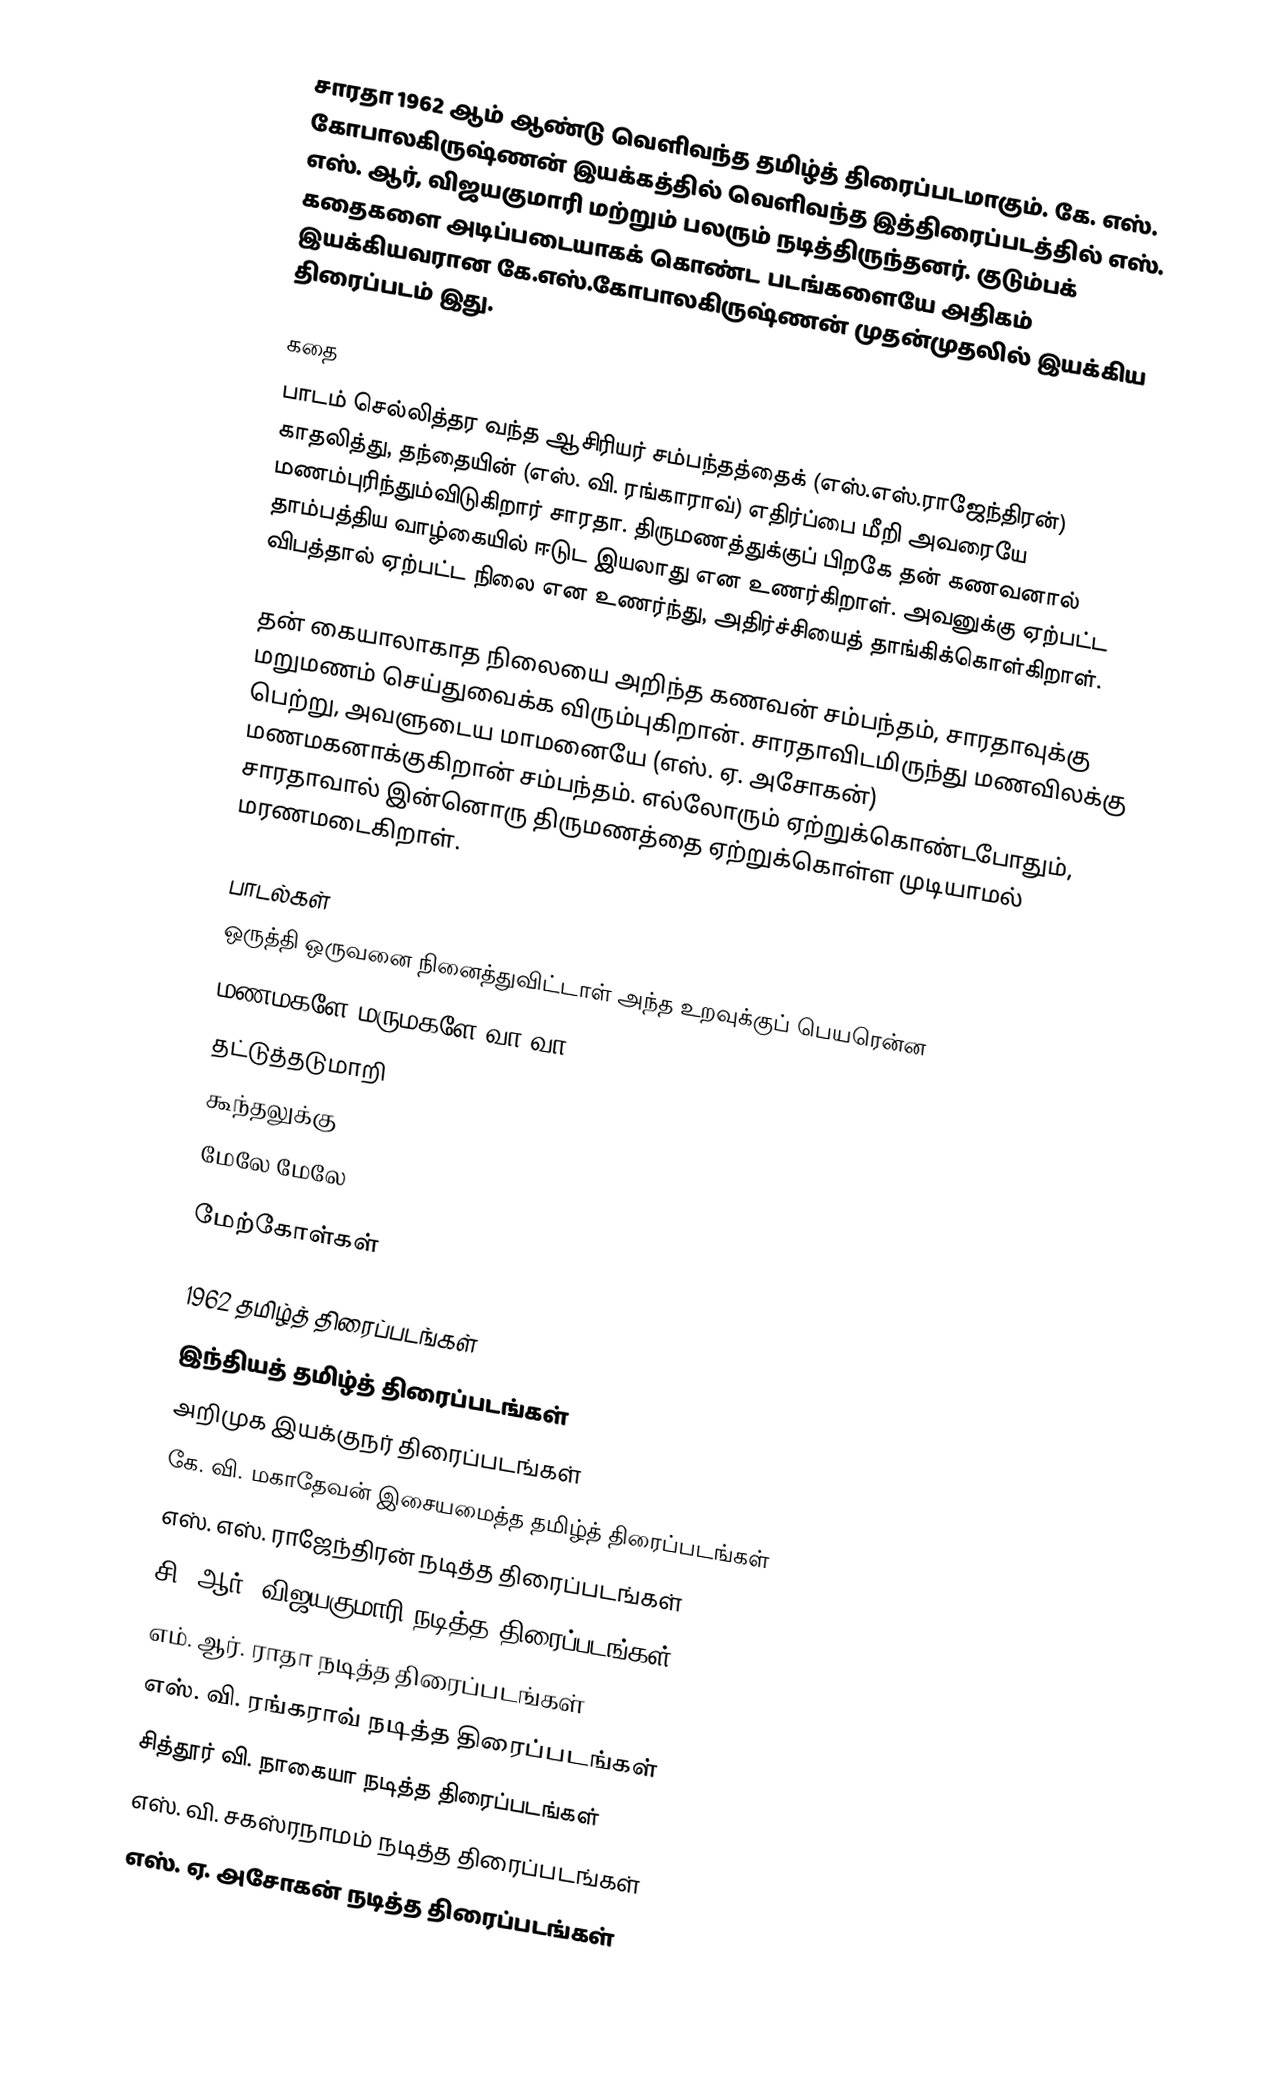
சாரதா 1962 ஆம் ஆண்டு வெளிவந்த தமிழ்த் திரைப்படமாகும். கே. எஸ். கோபாலகிருஷ்ணன் இயக்கத்தில் வெளிவந்த இத்திரைப்படத்தில் எஸ். எஸ். ஆர், விஜயகுமாரி மற்றும் பலரும் நடித்திருந்தனர். குடும்பக் கதைகளை அடிப்படையாகக் கொண்ட படங்களையே அதிகம் இயக்கியவரான கே.எஸ்.கோபாலகிருஷ்ணன் முதன்முதலில் இயக்கிய திரைப்படம் இது.

கதை
பாடம் செல்லித்தர வந்த ஆசிரியர் சம்பந்தத்தைக் (எஸ்.எஸ்.ராஜேந்திரன்) காதலித்து, தந்தையின் (எஸ். வி. ரங்காராவ்) எதிர்ப்பை மீறி அவரையே மணம்புரிந்தும்விடுகிறார் சாரதா. திருமணத்துக்குப் பிறகே தன் கணவனால் தாம்பத்திய வாழ்கையில் ஈடுட இயலாது என உணர்கிறாள். அவனுக்கு ஏற்பட்ட விபத்தால் ஏற்பட்ட நிலை என உணர்ந்து, அதிர்ச்சியைத் தாங்கிக்கொள்கிறாள்.

தன் கையாலாகாத நிலையை அறிந்த கணவன் சம்பந்தம், சாரதாவுக்கு மறுமணம் செய்துவைக்க விரும்புகிறான். சாரதாவிடமிருந்து மணவிலக்கு பெற்று, அவளுடைய மாமனையே (எஸ். ஏ. அசோகன்) மணமகனாக்குகிறான் சம்பந்தம். எல்லோரும் ஏற்றுக்கொண்டபோதும், சாரதாவால் இன்னொரு திருமணத்தை ஏற்றுக்கொள்ள முடியாமல் மரணமடைகிறாள்.

பாடல்கள்
 ஒருத்தி ஒருவனை நினைத்துவிட்டாள் அந்த உறவுக்குப் பெயரென்ன
 மணமகளே மருமகளே வா வா
 தட்டுத்தடுமாறி
 கூந்தலுக்கு
 மேலே மேலே

மேற்கோள்கள்

1962 தமிழ்த் திரைப்படங்கள்
இந்தியத் தமிழ்த் திரைப்படங்கள்
அறிமுக இயக்குநர் திரைப்படங்கள்
கே. வி. மகாதேவன் இசையமைத்த தமிழ்த் திரைப்படங்கள்
எஸ். எஸ். ராஜேந்திரன் நடித்த திரைப்படங்கள்
சி. ஆர். விஜயகுமாரி நடித்த திரைப்படங்கள்
எம். ஆர். ராதா நடித்த திரைப்படங்கள்
எஸ். வி. ரங்கராவ் நடித்த திரைப்படங்கள்
சித்தூர் வி. நாகையா நடித்த திரைப்படங்கள்
எஸ். வி. சகஸ்ரநாமம் நடித்த திரைப்படங்கள்
எஸ். ஏ. அசோகன் நடித்த திரைப்படங்கள்